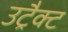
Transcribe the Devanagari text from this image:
उट्रैक्ट